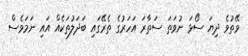
ވޭތުވެ ދިޔަ ސޯޅަ ނުވަތަ ސަތާރަ އަހަރުގެ ތެރޭގައި ބަދަލުތަކެއް އައި ނަމަވެސް